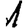
Digit: 1